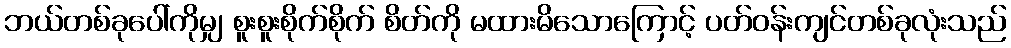
ဘယ်တစ်ခုပေါ်ကိုမျှ စူးစူးစိုက်စိုက် စိတ်ကို မထားမိသောကြောင့် ပတ်ဝန်းကျင်တစ်ခုလုံးသည်